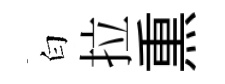
白拉𤋱